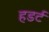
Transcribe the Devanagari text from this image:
हडर्ट